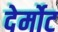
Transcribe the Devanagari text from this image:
देर्मोट